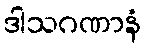
ဒါသဂဏာနံ